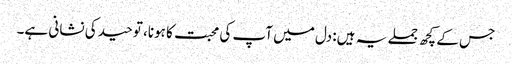
جس کے کچھ جملے یہ ہیں: دل میں آپ کی محبت کا ہونا، توحید کی نشانی ہے۔